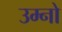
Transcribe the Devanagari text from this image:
उम्नो